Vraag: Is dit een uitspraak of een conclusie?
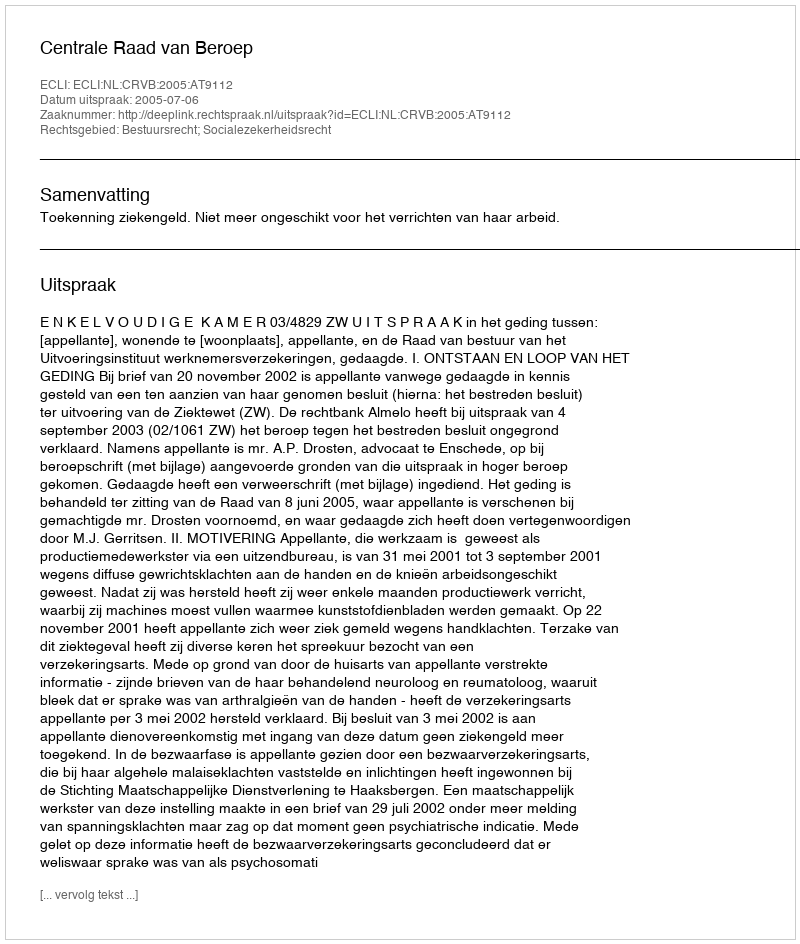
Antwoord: Uitspraak